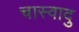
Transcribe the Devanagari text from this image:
चास्वादु